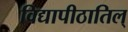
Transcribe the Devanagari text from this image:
विद्यापीठातिल्